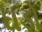
ઘડો